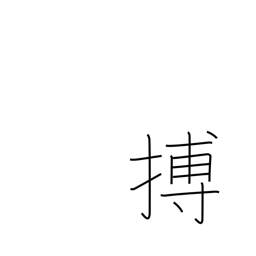
Meaning: spring upon